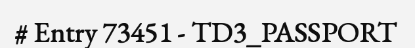
# Entry 73451 - TD3_PASSPORT